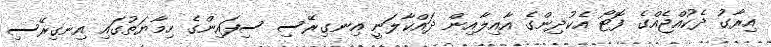
އިރާގު ދެކުއްޖެއްގެ ފޮޓޯ އެކުދިންގެ އާއިލާއިން ދައްކާލަނީ އިނގިރޭސި ސިފައިންގެ ހިމާޔަތުގައި އިނގިރޭސި